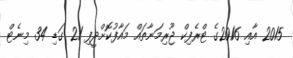
2015 އާއި 2016ގެ ޓްރެފިކް ޖޫރިމަނާތައް މައާފުކޮށްދީފި 21 ގަޑި 34 މިނެޓް